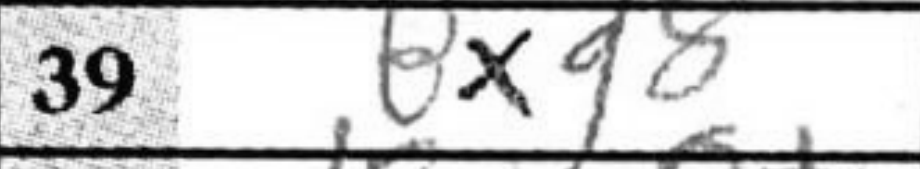
Transcription: Bxg8